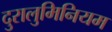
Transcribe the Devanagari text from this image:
दुरालुमिनियम